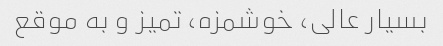
بسیار عالی، خوشمزه، تمیز و به موقع